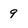
Character: 9